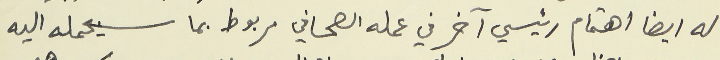
له ايضا اهتمام رئيسي آخر في عمله الصحافي مربوط بما سيحمله اليه